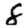
Digit: 8